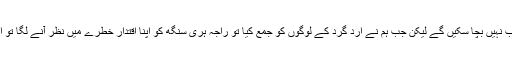
ظاہر ہے بھارت کے ساتھ مل کر میرے پیارے کشمیری کبھی اپنا مذہب نہیں بچا سکیں گے لیکن جب ہم نے ارد گرد کے لوگوں کو جمع کیا تو راجہ ہری سنگھ کو اپنا اقتدار خطرے میں نظر آنے لگا تو اس نے تاریخ کا سب سے بڑا دھوکہ کیا اور ہندوستان سے الحاق کردیا ۔